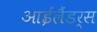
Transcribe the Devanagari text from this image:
आईलैंडर्स